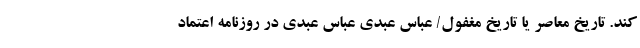
کند. تاریخ معاصر یا تاریخ مغفول/ عباس عبدی عباس عبدی در روزنامه اعتماد